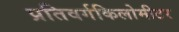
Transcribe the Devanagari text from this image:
प्रतिवर्गकिलोमीटर